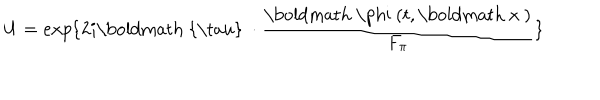
LaTeX: U = e x p { \{ 2 i \mathrm { \boldmath ~ { \ t a u } ~ } \cdot \frac { \mathrm { \boldmath ~ \ p h i ~ } ( t , \mathrm { \boldmath ~ x ~ } ) } { F _ { \pi } } \} }